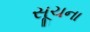
સૂચના